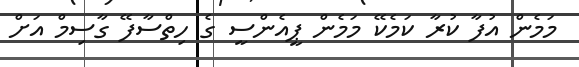
މަމެން އުފާ ކުރާ ކަމެކޭ މަމެން ޕީއެންސީ ގެ ހިތްސާފޭ ގާސިމް އަށް